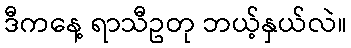
ဒီကနေ့ ရာသီဥတု ဘယ့်နှယ်လဲ။